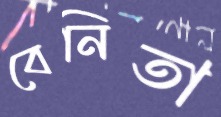
বেনিতা